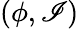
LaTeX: (\phi,\mathscr{I})